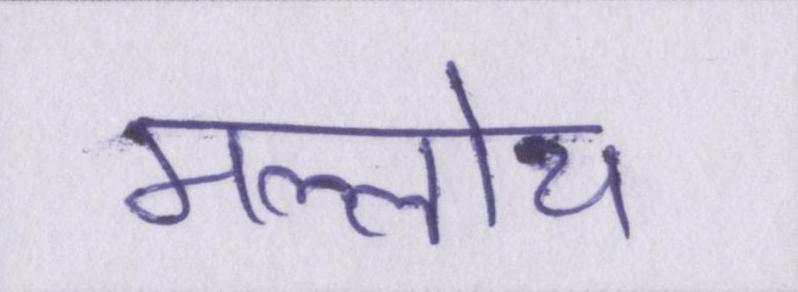
मल्लोय